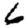
Digit: 6